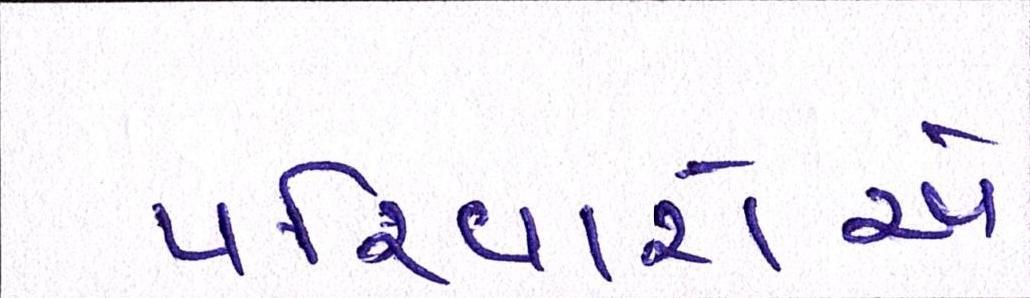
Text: પરિવારોએ